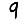
Digit: 9